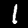
Label: 1